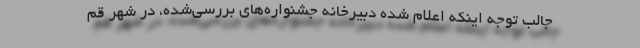
جالب توجه اینکه اعلام شده دبیرخانه جشنواره‌های بررسی‌شده، در شهر قم